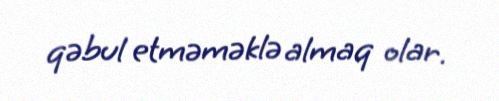
qəbul etməməklə almaq olar.